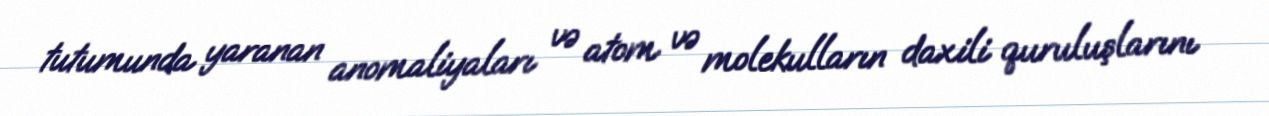
tutumunda yaranan anomaliyaları və atom və molekulların daxili quruluşlarını